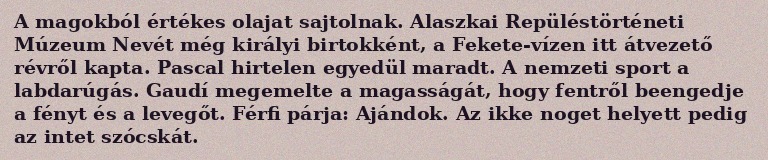
A magokból értékes olajat sajtolnak. Alaszkai Repüléstörténeti Múzeum Nevét még királyi birtokként, a Fekete-vízen itt átvezető révről kapta. Pascal hirtelen egyedül maradt. A nemzeti sport a labdarúgás. Gaudí megemelte a magasságát, hogy fentről beengedje a fényt és a levegőt. Férfi párja: Ajándok. Az ikke noget helyett pedig az intet szócskát.